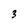
Character: 3